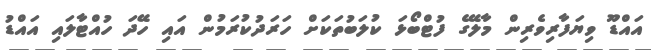
އައްޑޫ ވިޔަފާރިވެރިން މާލޭގެ ފުޓްބޯޅަ ކުލަބުތަކަށް ހަރަދުކުރަމުން އައި ހޭދަ ހުއްޓާލައި އައްޑު